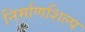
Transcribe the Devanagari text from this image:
निर्माणशिल्प